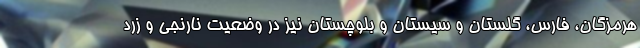
هرمزگان، فارس، گلستان و سیستان و بلوچستان نیز در وضعیت نارنجی و زرد